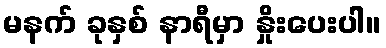
မနက် ခုနှစ် နာရီမှာ နှိုးပေးပါ။